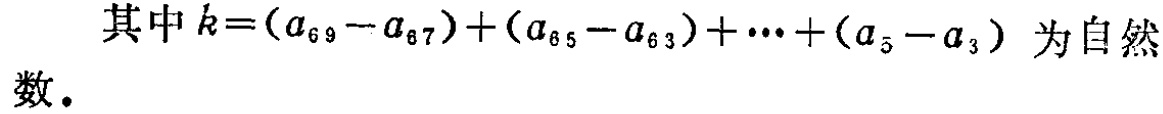
其中 \(k=(a_{69}-a_{67})+(a_{65}-a_{63})+\cdots+(a_{5}-a_{3})\) 为自然数.